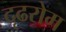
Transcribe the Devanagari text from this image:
दृढरोम